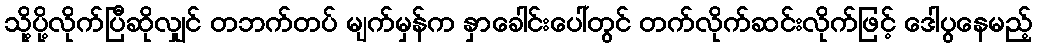
သို့ပို့လိုက်ပြီဆိုလျှင် တဘက်တပ် မျက်မှန်က နှာခေါင်းပေါ်တွင် တက်လိုက်ဆင်းလိုက်ဖြင့် ဒေါပွနေမည့်